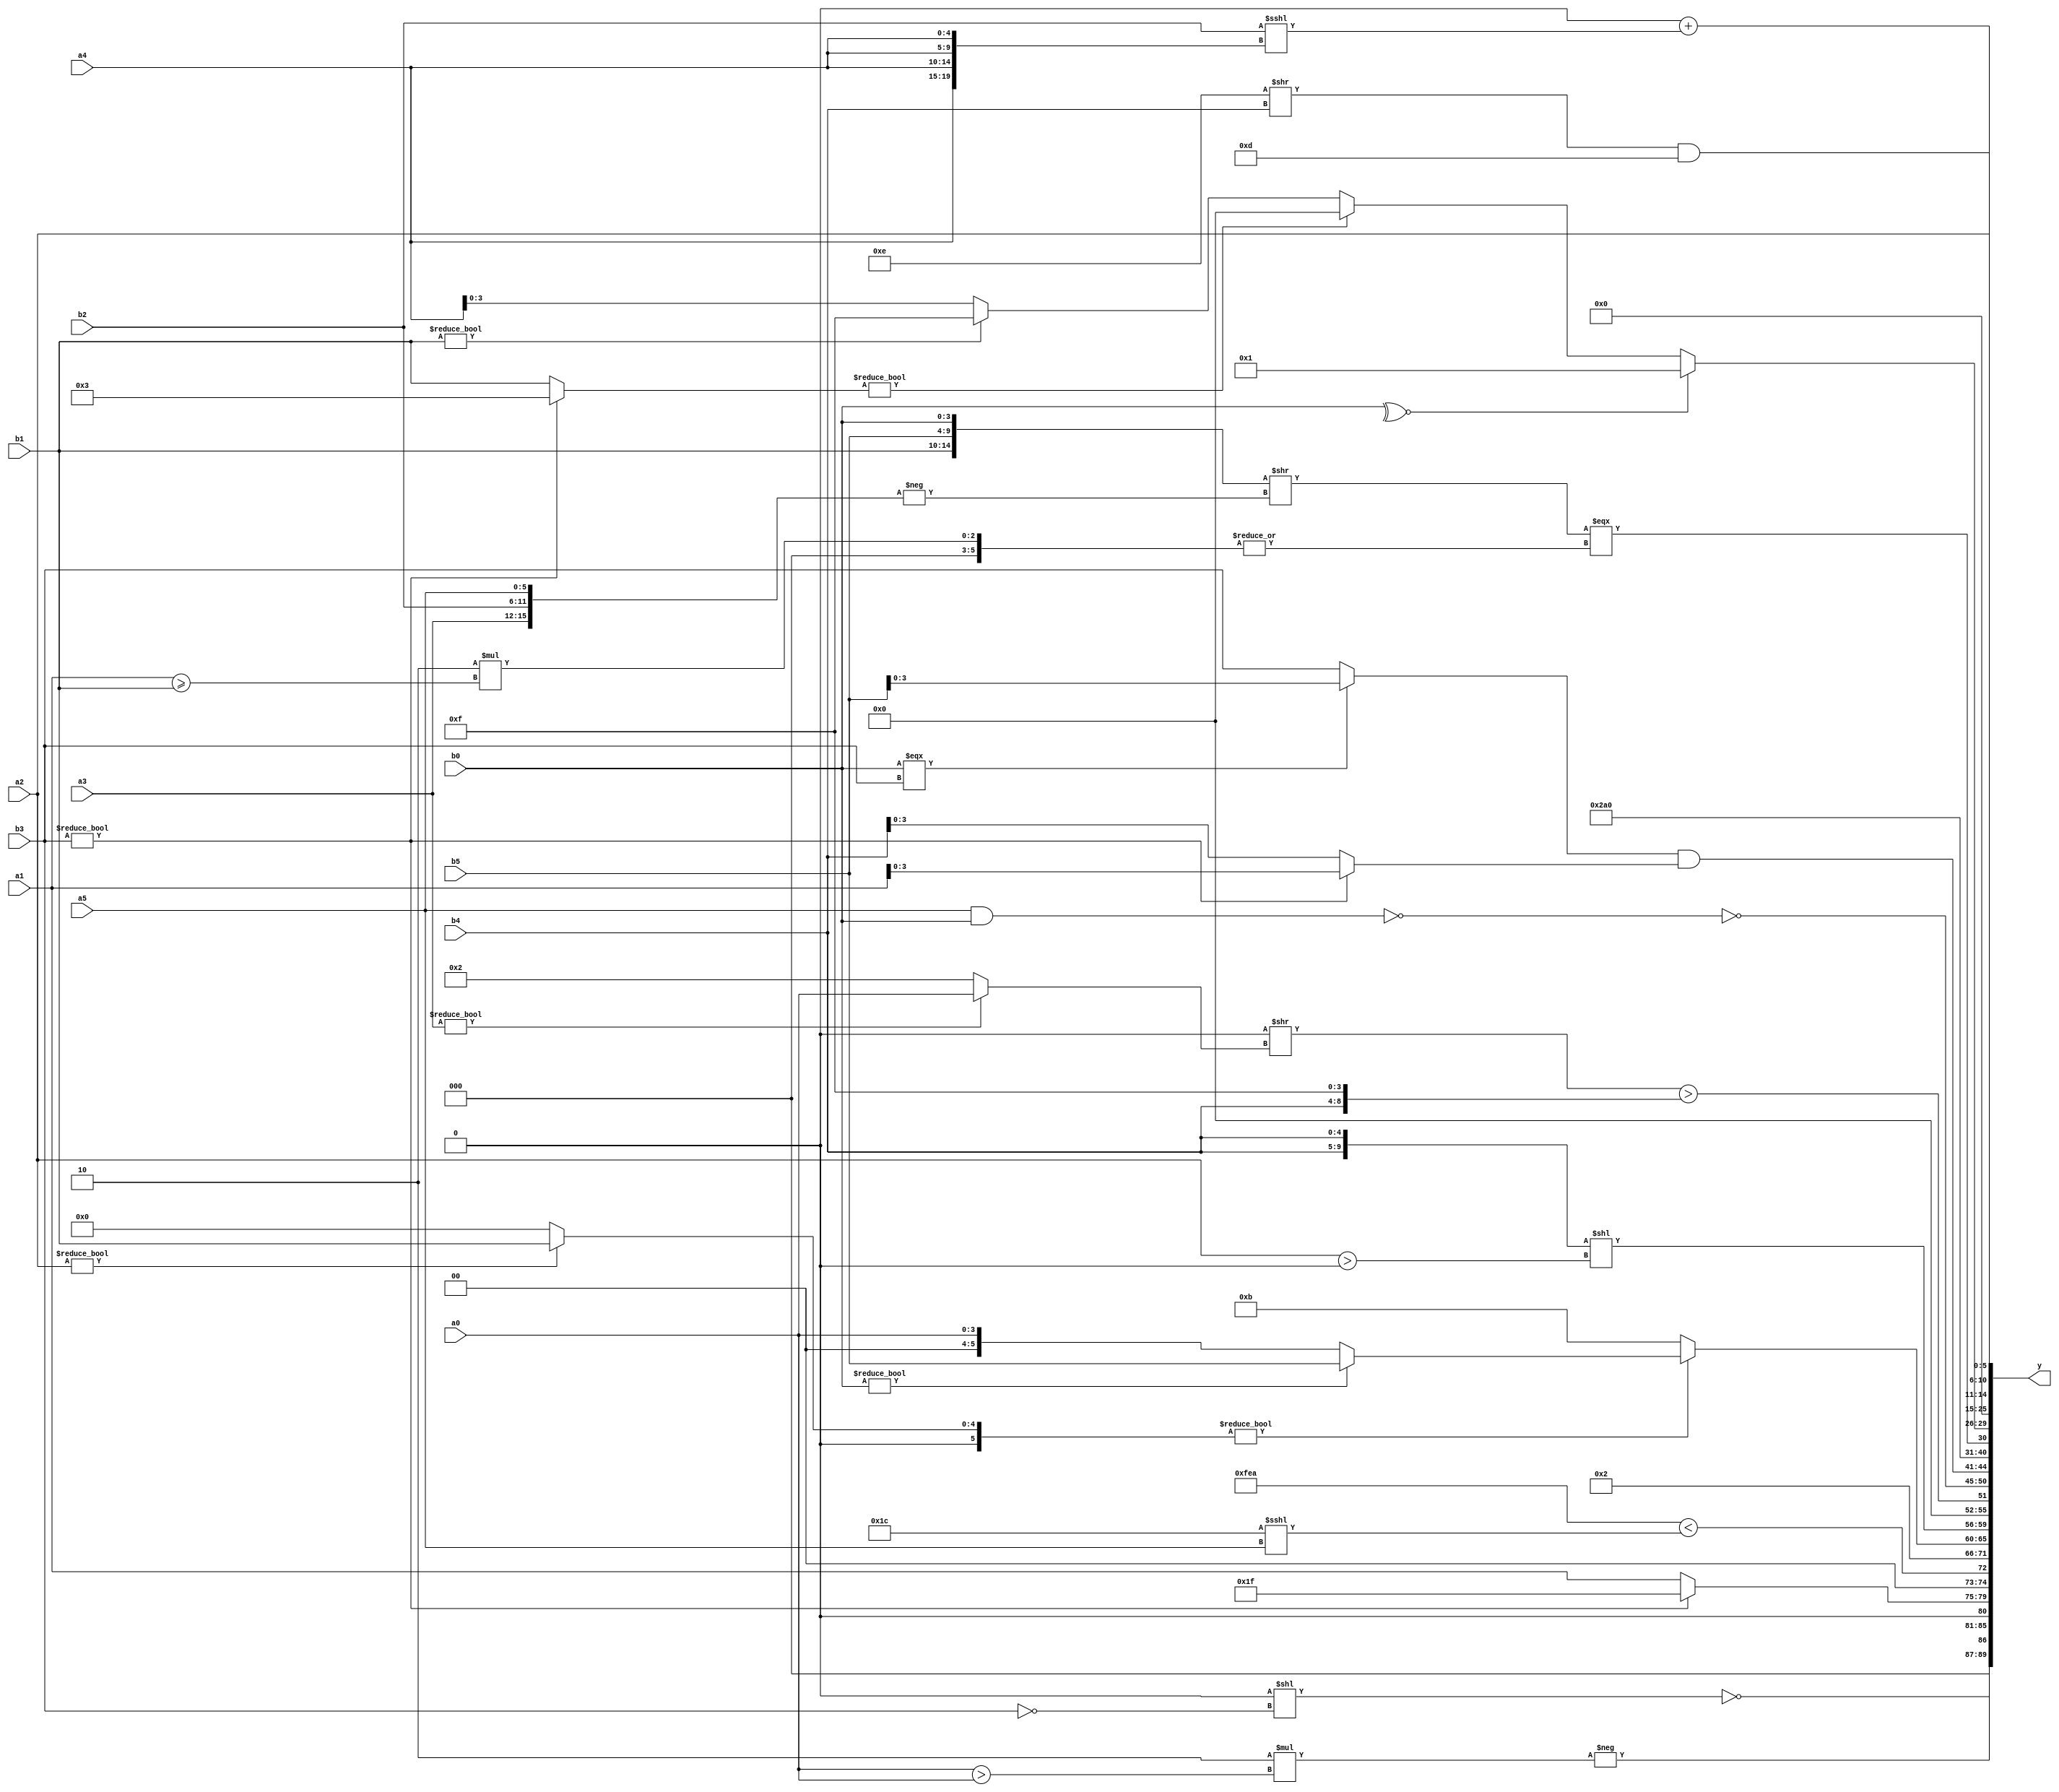
module expression_00202(a0, a1, a2, a3, a4, a5, b0, b1, b2, b3, b4, b5, y);
  input [3:0] a0;
  input [4:0] a1;
  input [5:0] a2;
  input signed [3:0] a3;
  input signed [4:0] a4;
  input signed [5:0] a5;

  input [3:0] b0;
  input [4:0] b1;
  input [5:0] b2;
  input signed [3:0] b3;
  input signed [4:0] b4;
  input signed [5:0] b5;

  wire [3:0] y0;
  wire [4:0] y1;
  wire [5:0] y2;
  wire signed [3:0] y3;
  wire signed [4:0] y4;
  wire signed [5:0] y5;
  wire [3:0] y6;
  wire [4:0] y7;
  wire [5:0] y8;
  wire signed [3:0] y9;
  wire signed [4:0] y10;
  wire signed [5:0] y11;
  wire [3:0] y12;
  wire [4:0] y13;
  wire [5:0] y14;
  wire signed [3:0] y15;
  wire signed [4:0] y16;
  wire signed [5:0] y17;

  output [89:0] y;
  assign y = {y0,y1,y2,y3,y4,y5,y6,y7,y8,y9,y10,y11,y12,y13,y14,y15,y16,y17};

  localparam [3:0] p0 = (5'sd13);
  localparam [4:0] p1 = (~(3'd3));
  localparam [5:0] p2 = (((5'd4)?(-2'sd0):(4'd15))/(-4'sd6));
  localparam signed [3:0] p3 = {3{{2{(2'd3)}}}};
  localparam signed [4:0] p4 = (2'sd0);
  localparam signed [5:0] p5 = ((((5'sd12)>>>(3'd6))<{2{(-4'sd7)}})>{3{(4'd6)}});
  localparam [3:0] p6 = {{((-(5'd14))?((-3'sd3)?(3'd4):(3'd4)):((5'd17)>>(4'sd1))),(((3'sd1)?(5'd2):(5'sd0))^(~^(-5'sd11))),(((4'd12)-(2'd2))?((2'd0)!=(5'sd14)):((4'sd7)?(3'd4):(3'd1)))}};
  localparam [4:0] p7 = ((2'sd0)?(5'd7):(5'd3));
  localparam [5:0] p8 = {(~|(~&(2'd2)))};
  localparam signed [3:0] p9 = (3'd2);
  localparam signed [4:0] p10 = (~&(3'd0));
  localparam signed [5:0] p11 = ((-5'sd15)&&((!(3'sd3))?(3'sd1):((-2'sd0)?(5'd4):(4'sd0))));
  localparam [3:0] p12 = (^(~|((~|(|(2'sd1)))?((3'sd3)?(4'd9):(4'sd2)):((4'd7)?(3'sd3):(-5'sd4)))));
  localparam [4:0] p13 = ((((4'd12)|(5'd11))?((4'd6)!=(5'd13)):(-2'sd1))!=(((4'd5)>>(3'sd3))>((3'd6)&(-5'sd5))));
  localparam [5:0] p14 = (+({2{(4'sd7)}}?(~&(4'sd6)):{4{(2'd2)}}));
  localparam signed [3:0] p15 = (((5'd25)|(-3'sd1))*(-(-(2'd2))));
  localparam signed [4:0] p16 = {((-2'sd1)?(5'sd9):(2'd2)),{4{(3'd5)}}};
  localparam signed [5:0] p17 = (5'd21);

  assign y0 = (+{(&(~&((&p2)<<(!b3))))});
  assign y1 = (-(6'd2 * (a0>a0)));
  assign y2 = ($unsigned((($unsigned(b3))?$signed((-5'sd1)):(p6?a1:b3))));
  assign y3 = (+{{(-((~{p5,p17})<(p1<<<a5))),(-(-(!((+p16)|{p11}))))}});
  assign y4 = (2'd2);
  assign y5 = ((a2?b1:p2)?(b0?b5:a0):(5'sd11));
  assign y6 = ({b4,b4}<<(-(a2>p4)));
  assign y7 = (((-p2)>>(a3?a0:p9))>{{b4,p3}});
  assign y8 = (~(~|(-(a5&&b0))));
  assign y9 = (((b0===b3)?$signed(b5):{a5,b3})&$signed(((b3?a1:b4))));
  assign y10 = {4{p17}};
  assign y11 = (({b1,b5,b0}>>(-{{a3,b2,a5}}))===(|(6'd2 * (a1>=b1))));
  assign y12 = ((~^(!(~&(~^b0))))?((b3?p7:b1)?(~|p16):(b1?p3:a4)):(~&(p9?a0:b2)));
  assign y13 = (~^{p17});
  assign y14 = (-2'sd0);
  assign y15 = {3{((p15>>b4)&{4{p0}})}};
  assign y16 = (({3{p1}}?(p12<<<p9):{2{p6}})+((p16?b2:p14)<<<{4{a4}}));
  assign y17 = {2{(p16?a2:a5)}};
endmodule